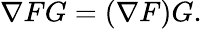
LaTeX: \nabla FG=(\nabla F)G.